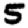
Digit: 5